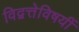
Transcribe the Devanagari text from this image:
विद्वत्तेविषयीं